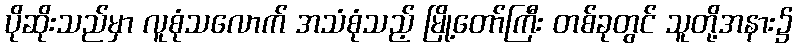
ပိုဆိုးသည်မှာ လူစုံသလောက် အသံစုံသည့် မြို့တော်ကြီး တစ်ခုတွင် သူတို့အနား၌